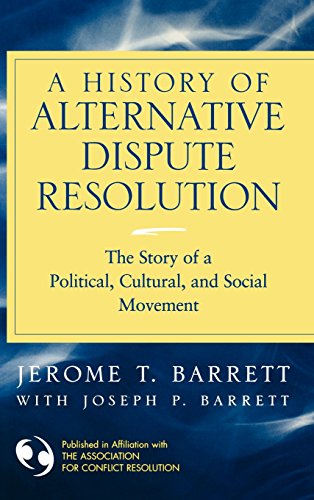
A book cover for A History of Alternative Dispute Resolution: The Story of a Political, Social, and Cultural Movement; Jerome T. Barrett; Law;